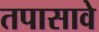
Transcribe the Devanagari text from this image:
तपासावे